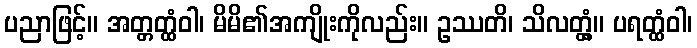
ပညာဖြင့်။ အတ္တတ္ထံဝါ၊ မိမိ၏အကျိုးကိုလည်း။ ဥဿတိ၊ သိလတ္တံ့။ ပရတ္ထံဝါ၊